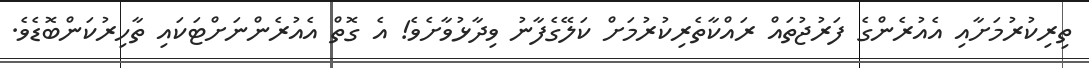
ތިރިކުރުމަށާއި އެއުރެންގެ ފަރުޖުތައް ރައްކާތެރިކުރުމަށް ކަލޭގެފާނު ވިދާޅުވާށެވެ! އެ ގޮތް އެއުރެންނަށްޓަކައި ތާހިރުކަންބޮޑެވެ.